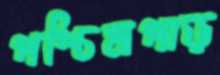
পশ্চিমপাড়